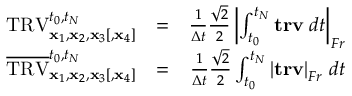
\begin{array} { r l r } { \mathrm { T R V } _ { { \mathbf x } _ { 1 } , { \mathbf x } _ { 2 } , { \mathbf x } _ { 3 } [ , { \mathbf x } _ { 4 } ] } ^ { t _ { 0 } , t _ { N } } } & { = } & { \frac { 1 } { \Delta t } \frac { \sqrt { 2 } } { 2 } \left| \int _ { t _ { 0 } } ^ { t _ { N } } \mathbf { t r v } \; d t \right| _ { F r } } \\ { \overline { { \mathrm { T R V } } } _ { { \mathbf x } _ { 1 } , { \mathbf x } _ { 2 } , { \mathbf x } _ { 3 } [ , { \mathbf x } _ { 4 } ] } ^ { t _ { 0 } , t _ { N } } } & { = } & { \frac { 1 } { \Delta t } \frac { \sqrt { 2 } } { 2 } \int _ { t _ { 0 } } ^ { t _ { N } } \left| \mathbf { t r v } \right| _ { F r } \, d t } \end{array}